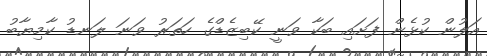
އަލުން ކުޅެން ފަށައި ބަކާ ވަނީ ކޭބިޒެޑްގެ ހަތަރު ވަނަ ލަނޑު ކާމިޔާބު